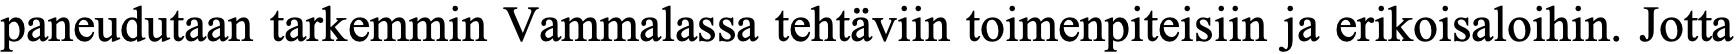
paneudutaan tarkemmin Vammalassa tehtäviin toimenpiteisiin ja erikoisaloihin. Jotta